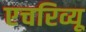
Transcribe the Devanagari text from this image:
एचरिव्यू